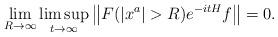
LaTeX: \begin{align*}\lim_{R\to\infty}\limsup_{t\to\infty}\left\Vert F(|x^a|> R)e^{-itH}f\right\Vert=0.\end{align*}